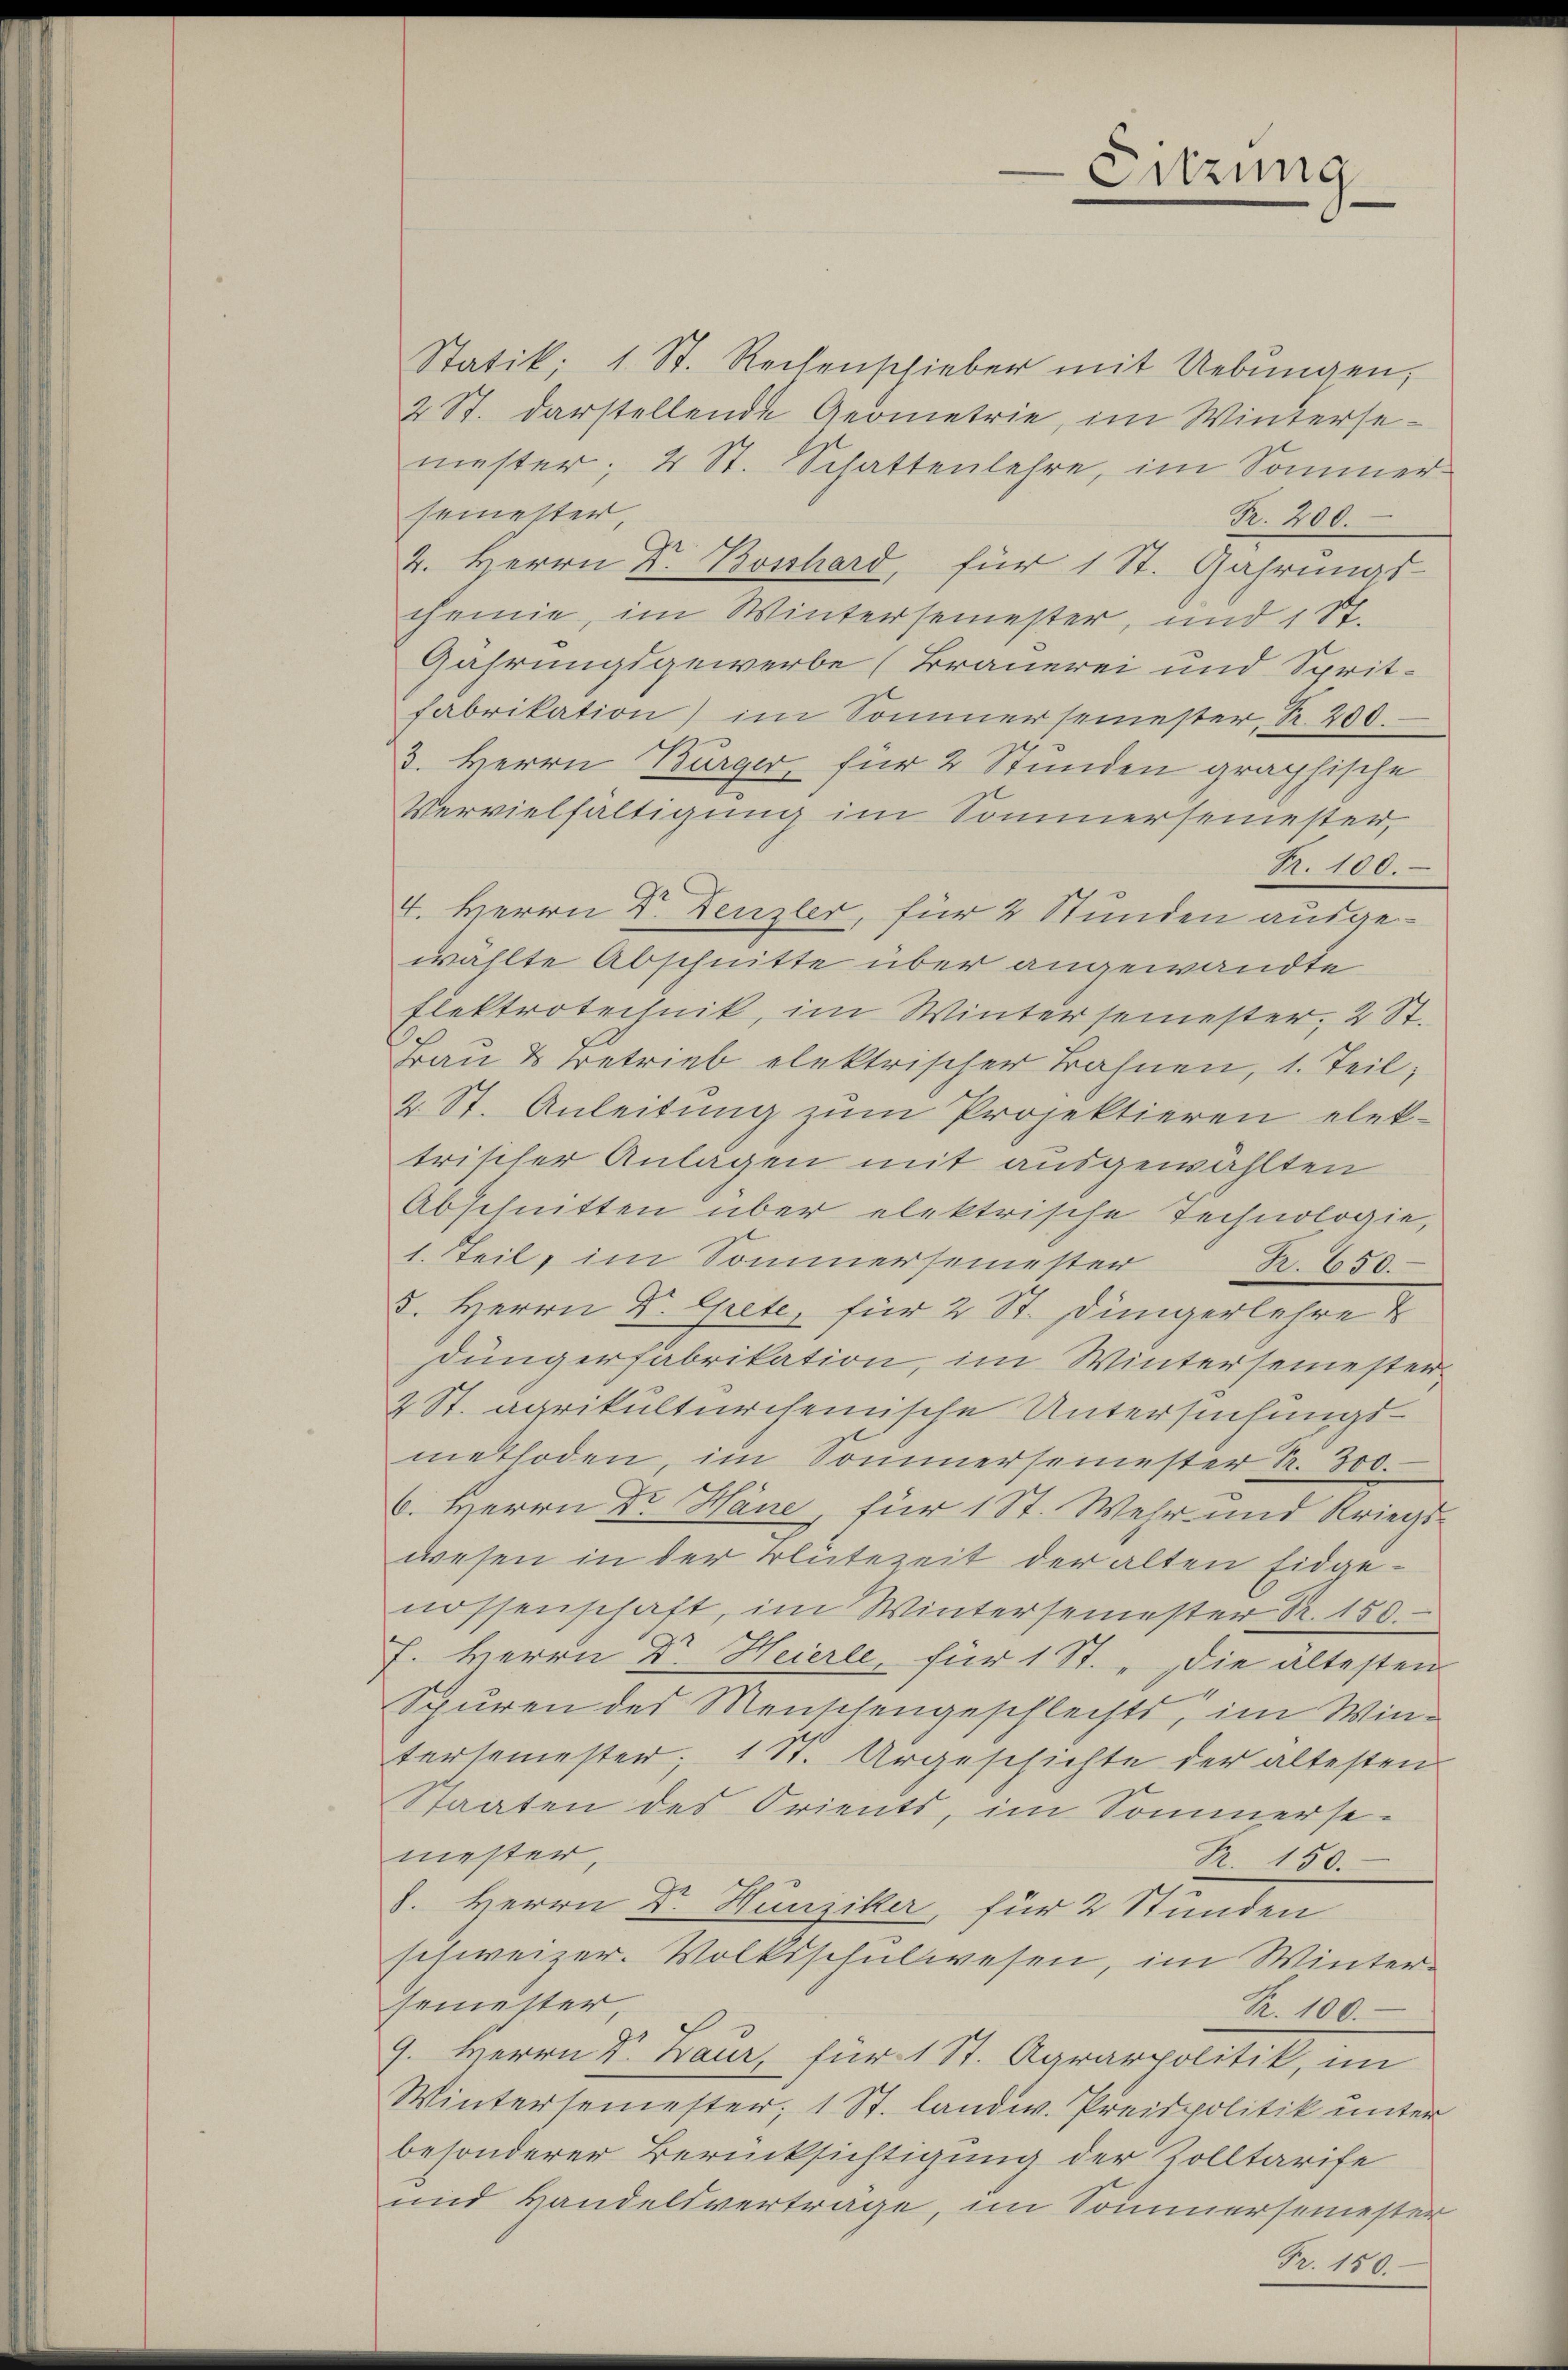
Statik, 1 St. Rechenschieber mit Uebŭngen,
2 St. darstellende Geometrie, im Wintersemester, 4 St. Schattenlehre, im Sommer-
semester,
Fr. 200.
4. Herrn Dr. Bosshard, für 1 St. Gahrungs-
cheinie, im Wintersemester, und 187.
Gahrungsgewerbe (Brauerei und Spritfabrikation) im Sommersemester, Fr. 200
3. Herrn Bürger, für 2 Stunden graphische
Vervielfältigung im Sommersemester,
R. 100.
4. Herrn Dr. Denzler, für 2 Stunden ausgewählte Abschnitte über angewandte
Elektrotechnik, im Wintersemester, 2 St.
Frau & Betrieb elektrischer Bahnen, 1. Teil,
2. St. Anleitung zum Projektieren elek-
trischer Anlagen mit ausgewählten
Abschnitten über elektrische Technologie,
1. Teil, im Sommersemester K. 650.
8. Herrn Dr. Grete, für 2 St. Dingerlehre
Düngerfabrikation, im Wintersemester
2 St. agrikultürcheinische Untersuchungs-
methoden, im Sommersemester S. 300.
6. Herrn Dr. Hane, für 1 St. Wehr und Kriegs-
wesen in der Blütezeit der alten Eidgenossenschaft, im Wintersemester R. 150.
F. Herrn Dr. Heierle, für 1 St. „Die ältesten
Spuren des Menschengeschlechts, im Wintersemester, 1 St. Urgeschichte der ältesten
Staaten des Orients, im Sommersemester
R. 150.
8. Herrn Dr. Hunziker, für 2 Stunden
schweizer. Volksschulwesen, im Wintersemester,
R. 100.
9. Herrn Dr Baur für 1 St. Agrarpolitik, im
Wintersemester, 1 St. landw. Preispolitik unter
besonderer Berücksichtigung der Zolltarife
und Handelsverträge, im Sommersemester
Fr. 150.

Sitzung